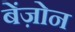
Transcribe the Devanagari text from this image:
बेंज़ोन